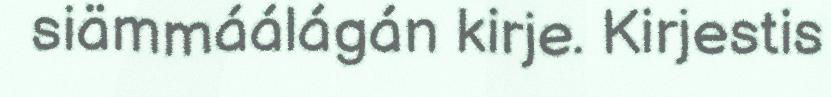
siämmáálágán kirje. Kirjestis